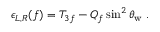
\epsilon _ { L , R } ( f ) = T _ { 3 f } - Q _ { f } \sin ^ { 2 } \theta _ { \mathrm { w } } \; .